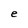
Character: e